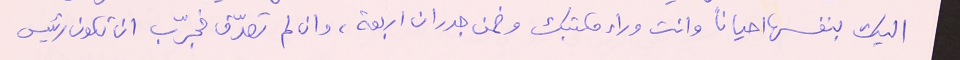
اليك بنفسها احيانا وانت وراء مكتبك وضمن جدران اربعة، وان لم تصدّق فجرّب ان تكون رئيس